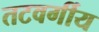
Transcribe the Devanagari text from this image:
तटवर्गीय